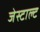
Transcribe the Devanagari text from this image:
जेस्टाल्ट